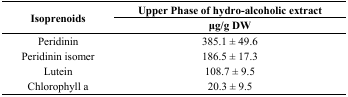
<table><thead><tr><td rowspan="2"><b>Isoprenoids</b></td><td><b>Upper Phase of hydro-alcoholic extract</b></td></tr><tr><td><b>μg/g DW</b></td></tr></thead><tbody><tr><td>Peridinin</td><td>385.1 ± 49.6 </td></tr><tr><td>Peridinin isomer</td><td>186.5 ± 17.3 </td></tr><tr><td>Lutein</td><td>108.7 ± 9.5 </td></tr><tr><td>Chlorophyll a</td><td>20.3 ± 9.5</td></tr></tbody></table>